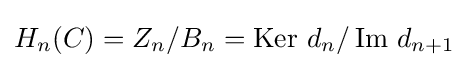
H_{n}(C)=Z_{n}/B_{n}=\operatorname {Ker} \,d_{n}/\operatorname {Im} \,d_{n+1}